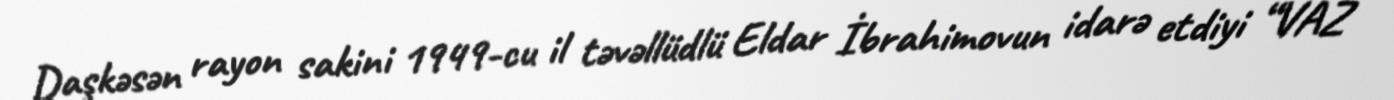
Daşkəsən rayon sakini 1949-cu il təvəllüdlü Eldar İbrahimovun idarə etdiyi “VAZ